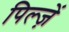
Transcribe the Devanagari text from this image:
पिल्ज़ें